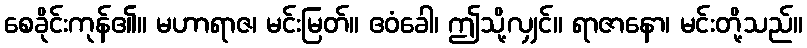
စေခိုင်းကုန်၏။ မဟာရာဇ၊ မင်းမြတ်။ ဧဝံခေါ၊ ဤသို့လျှင်။ ရာဇာနော၊ မင်းတို့သည်။